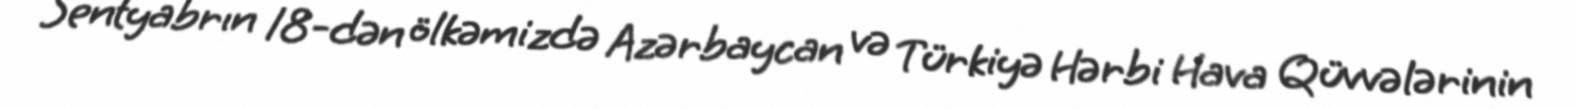
Sentyabrın 18-dən ölkəmizdə Azərbaycan və Türkiyə Hərbi Hava Qüvvələrinin